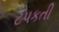
ટપકતી